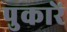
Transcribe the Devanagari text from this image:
पुकारें